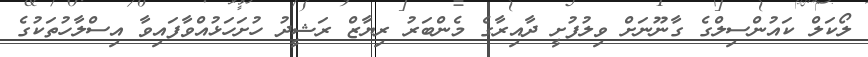
ލޯކަލް ކައުންސިލްގެ ގާނޫނަށް ވިލުފުށީ ދާއިރާގެ މެންބަރު ރިޔާޒް ރަޝީދު ހުށަހަޅުއްވާފައިވާ އިސްލާހުތަކުގެ